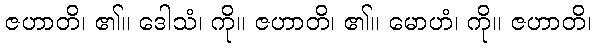
ဇဟာတိ၊ ၏။ ဒေါသံ၊ ကို။ ဇဟာတိ၊ ၏။ မောဟံ၊ ကို။ ဇဟာတိ၊